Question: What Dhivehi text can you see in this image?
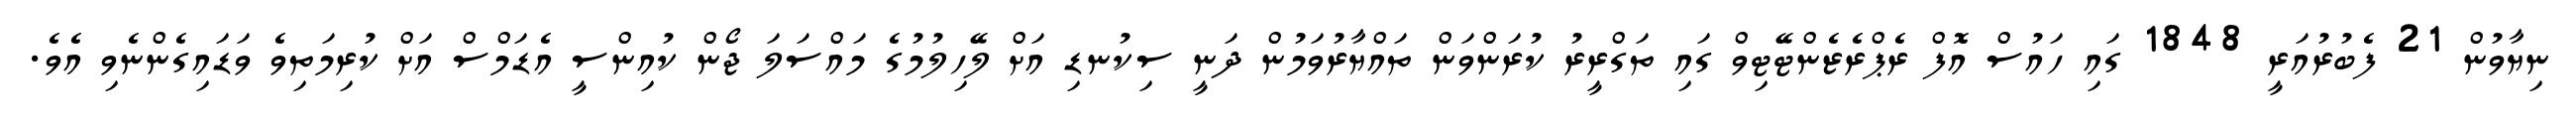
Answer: ނިޔާވުން 21 ފެބުރުއަރީ 1848 ގައި ހައުސް އޮފް ރެޕްރެޒެންޓޭޓިވް ގައި ތަގްރީރު ކުރަންވަން ތައްޔާރުވަމުން ދަނީ ސިކުނޑި އަށް ލޭހިލުމުގެ މައްސަލަ ޖޯން ކުއިންސީ އެޑަމްސް އަށް ކުރިމަތިވެ ވަޑައިގެންނެވި އެވެ.